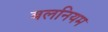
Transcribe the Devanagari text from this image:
बलनियम